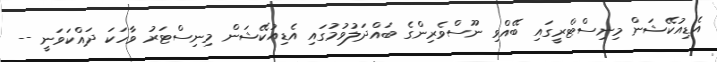
އެޑިއުކޭޝަން މިނިސްޓްރީގައި ބޭއްވި ނޫސްވެރިންގެ ބައްދަލުވުމުގައި އެޑިއުކޭޝަން މިނިސްޓަރު ވާހަކަ ދައްކަވަނީ --